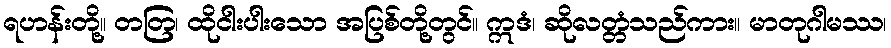
ရဟန်းတို့။ တတြ၊ ထိုငါးပါးသော အပြစ်တို့တွင်။ ဣဒံ၊ ဆိုလတ္တံသည်ကား။ မာတုဂါမဿ၊